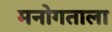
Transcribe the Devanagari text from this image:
मनोगताला